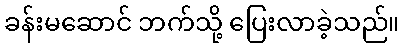
ခန်းမဆောင် ဘက်သို့ ပြေးလာခဲ့သည်။